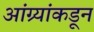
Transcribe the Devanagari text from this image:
आंग्र्‍यांकडून